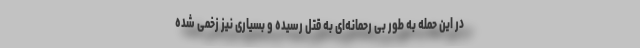
در این حمله به طور بی رحمانه‌ای به قتل رسیده و بسیاری نیز زخمی شده